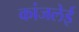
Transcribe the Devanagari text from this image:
कांजलेई